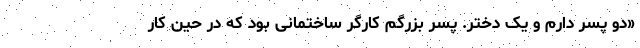
«دو پسر دارم و یک دختر. پسر بزرگم کارگر ساختمانی بود که در حین کار